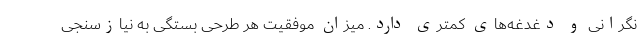
نگرانی و دغدغه‌های کمتری دارد. میزان موفقیت هر طرحی بستگی به نیازسنجی